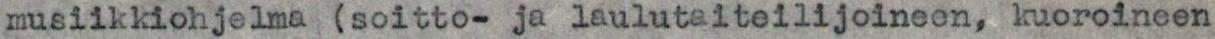
musiikkiohjelma (soitto- ja laulutaiteilijoineen, kuoroineen